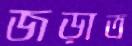
জড়াত